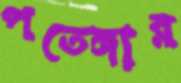
পতেঙ্গার